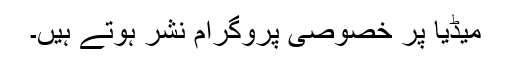
میڈیا پر خصوصی پروگرام نشر ہوتے ہیں۔